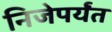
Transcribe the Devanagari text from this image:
निजेपर्यंत